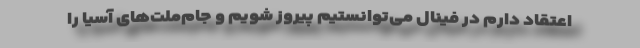
اعتقاد دارم در فینال می‌‌توانستیم پیروز شویم و جام‌ملت‌های آسیا را